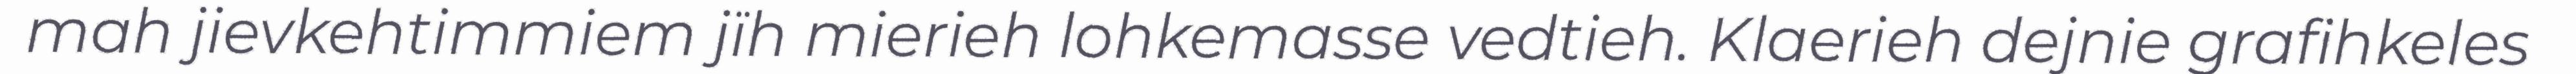
mah jievkehtimmiem jïh mierieh lohkemasse vedtieh. Klaerieh dejnie grafihkeles